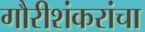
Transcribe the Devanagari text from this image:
गौरीशंकरांचा